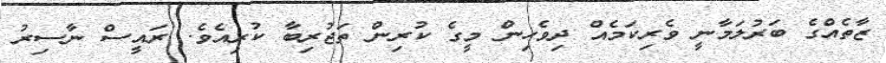
ޒާތެއްގެ ބަރުލަމާނީ ވެރިކަމެއް ދިވެހިން މީގެ ކުރިން ތަޖުރިބާ ކުރިއެވެ. ރައީސް ނާސިރު